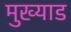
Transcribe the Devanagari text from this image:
मुख्याड